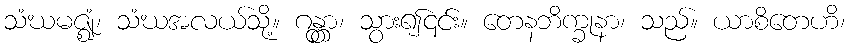
သံဃမဇ္ဈံ၊ သံဃအလယ်သို့။ ဂန္တွာ၊ သွား၍၎င်း။ တေနဘိက္ခုနာ၊ သည်။ ယာစိတေဟိ၊